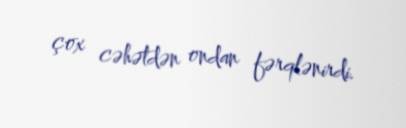
çox cəhətdən ondan fərqlənirdi.